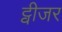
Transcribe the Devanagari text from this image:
ट्वीजर